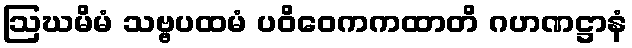
ဩဃမိမံ သဗ္ဗပထမံ ပဝိဝေကကထာတိ ဂဟဏဋ္ဌာနံ